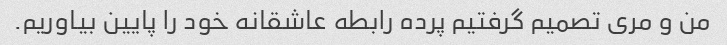
من و مری تصمیم گرفتیم پرده رابطه عاشقانه خود را پایین بیاوریم.